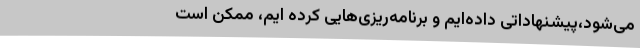
می‌شود،پیشنهاداتی داده‌ایم و برنامه‌ریزی‌هایی کرده ایم، ممکن است